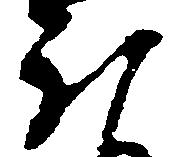
ほ